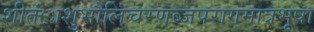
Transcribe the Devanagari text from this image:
शीतंाशुभौलिचरणब्जपरागमात्रभूषा